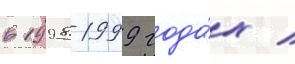
в 1998-1999 года́х /